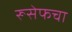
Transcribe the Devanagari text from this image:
रूसेफचा